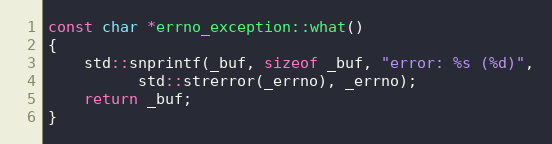
Language: C++
const char *errno_exception::what()
{
    std::snprintf(_buf, sizeof _buf, "error: %s (%d)",
		  std::strerror(_errno), _errno);
    return _buf;
}